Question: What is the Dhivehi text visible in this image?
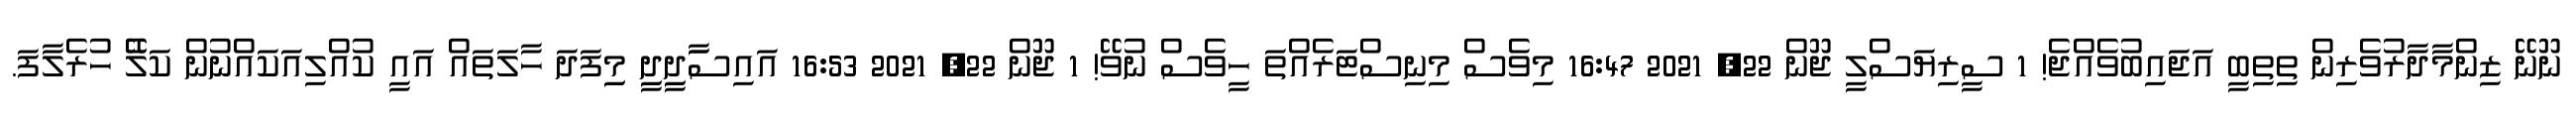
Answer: ނޫނޭ ޒިންމާދާރުވެރިން ތިތިބީ އަޖައިބުވެއްޖެ! 1 ސީރިޔަސްލީ ޖޫން 22, 2021 16:47 މިވެސް މިނިސްޓަރެއްތަ ހީވެސް ނުވޭ! 1 ޖޫން 22, 2021 16:53 އައިސަާދިީދިީ މިިފަދަ ހާލަތައް އައީ ކުއްލިއަކައްނުން ކަލެޭ ހުރެލާފަ.